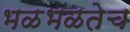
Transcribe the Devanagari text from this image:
भळभळतेच